Sleeping sickness
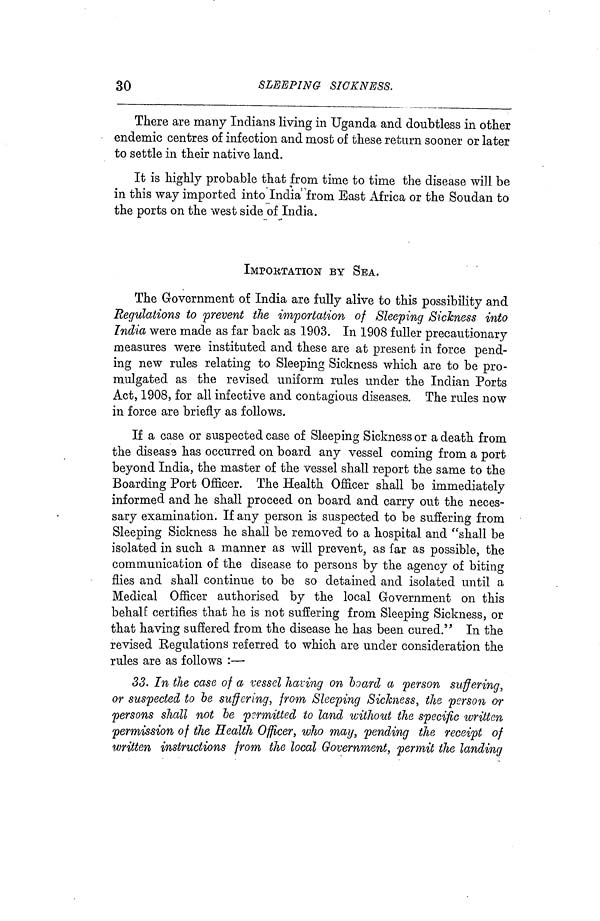
30
SLEEPING SICKNESS.
There are many Indians living in Uganda and doubtless in other
endemic centres of infection and most of these return sooner or later
to settle in their native land.
It is highly probable that from time to time the disease will be
in this way imported into India from East Africa or the Soudan to
the ports on the west side of India.
IMPORTATION BY SEA.
The Government of India are fully alive to this possibility and
Regulations to prevent the importation of Sleeping Sickness into
India were made as far back as 1903. In 1908 fuller precautionary
measures were instituted and these are at present in force pend-
ing new rules relating to Sleeping Sickness which are to be pro-
mulgated as the revised uniform rules under the Indian Ports
Act, 1908, for all infective and contagious diseases. The rules now
in force are briefly as follows.
If a case or suspected case of Sleeping Sickness or a death from
the disease has occurred on board any vessel coming from a port
beyond India, the master of the vessel shall report the same to the
Boarding Port Officer. The Health Officer shall be immediately
informed and he shall proceed on board and carry out the neces-
sary examination. If any person is suspected to be suffering from
Sleeping Sickness he shall be removed to a hospital and "shall be
isolated in such a manner as will prevent, as far as possible, the
communication of the disease to persons by the agency of biting
flies and shall continue to be so detained and isolated until a
Medical Officer authorised by the local Government on this
behalf certifies that he is not suffering from Sleeping Sickness, or
that having suffered from the disease he has been cured." In the
revised Regulations referred to which are under consideration the
rules are as follows :—·
33. In the case of a vessel having on board a person suffering,
or suspected to be suffering, from Sleeping Sickness, the person or
persons shall not be permitted to land without the specific written
permission of the Health Officer, who may, pending the receipt of
written instructions from the local Government, permit the landing